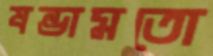
ষন্ডামতো